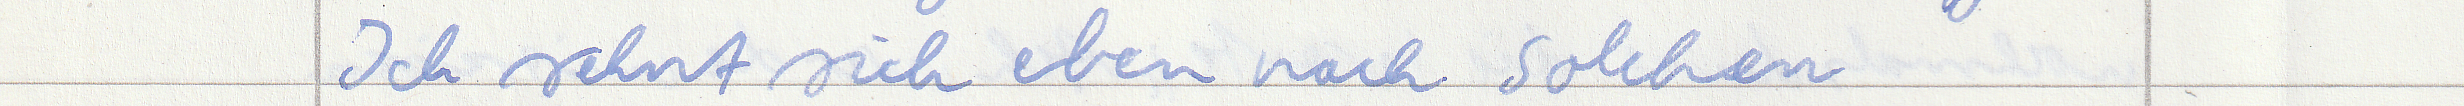
Ich sehnt sich eben nach solchen